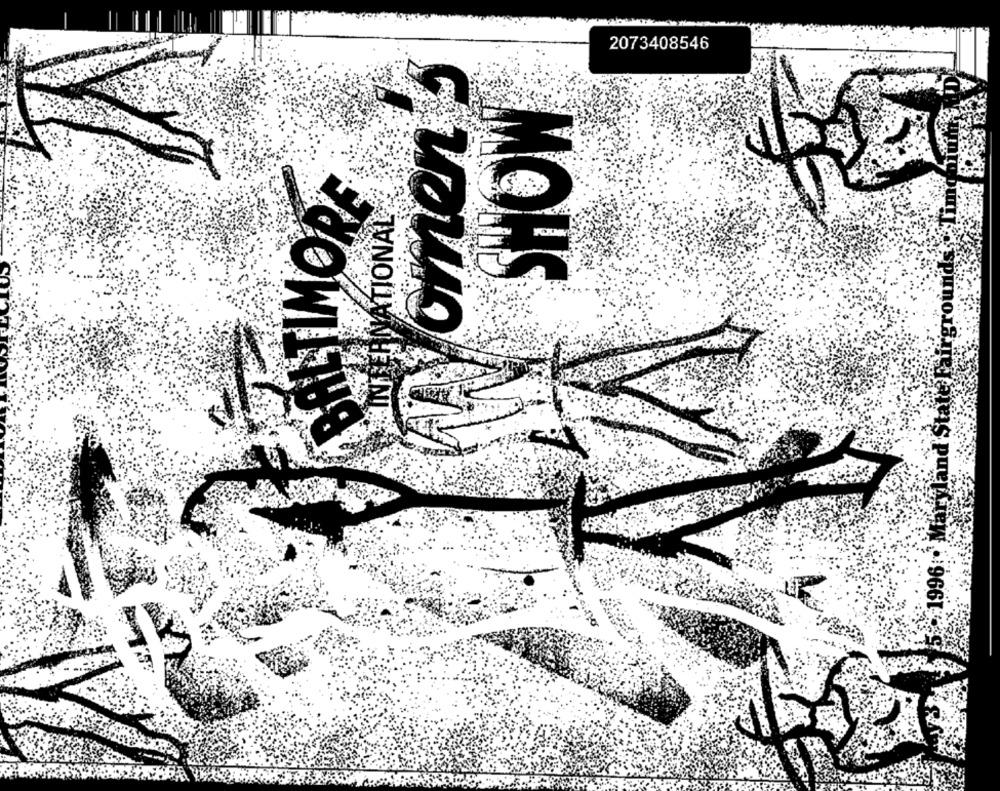
2073408546
NATIONAL
Maryland State Fairgrounds
MOUS
1966L